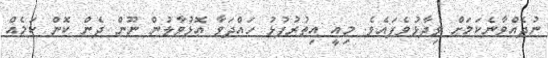
ނުދެއްވާނެކަމަށް ވިދާޅުވެފައެވެ. މިއީ އިތުރުފުޅު ހައްދަވާ އޮޅުވާލުން ނޫން ދެން ކޮން ކަމެއް